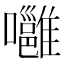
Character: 𡄸